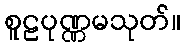
စူဠပုဏ္ဏမသုတ်။